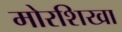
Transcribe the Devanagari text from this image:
मोरशिखा